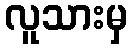
လူသားမှ